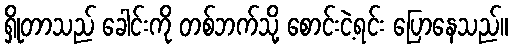
ရှိုတာသည် ခေါင်းကို တစ်ဘက်သို့ စောင်းငဲ့ရင်း ပြောနေသည်။